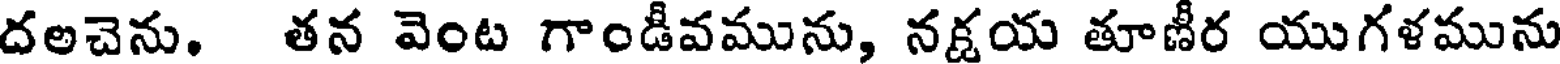
దలచెను. తన వెంట గాండీవమును, నక్షయ తూణీర యుగళమును